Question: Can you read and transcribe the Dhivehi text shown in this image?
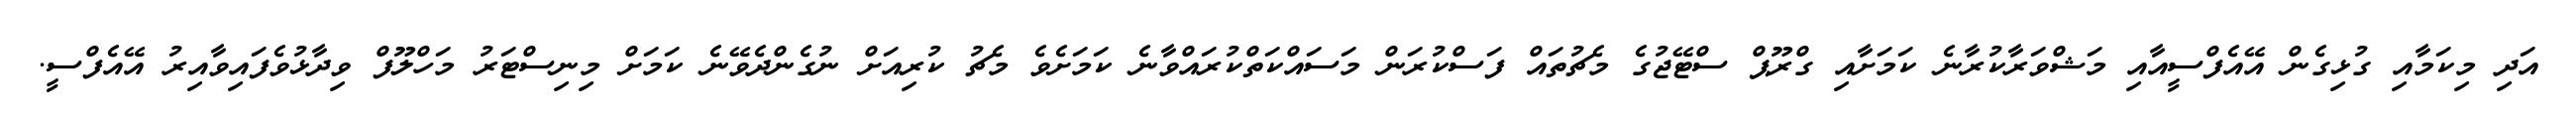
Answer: އަދި މިކަމާއި ގުޅިގެން އޭއެފްސީއާއި މަޝްވަރާކުރާނެ ކަމަށާއި ގްރޫޕް ސްޓޭޖުގެ މެޗުތައް ފަސްކުރަން މަސައްކަތްކުރައްވާނެ ކަމަށެވެ މެޗު ކުރިއަށް ނުގެންދެވޭނެ ކަމަށް މިނިސްޓަރު މަހްލޫފް ވިދާޅުވެފައިވާއިރު އޭއެފްސީ.